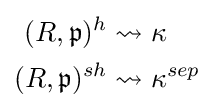
{\begin{aligned}(R,{\mathfrak {p}})^{h}&\rightsquigarrow \kappa \\(R,{\mathfrak {p}})^{sh}&\rightsquigarrow \kappa ^{sep}\end{aligned}}